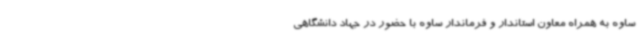
ساوه به همراه معاون استاندار و فرماندار ساوه با حضور در جهاد دانشگاهی